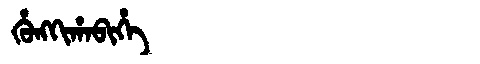
Manchu: ᡥᡠᠩᡴᡳᡥᠠᠪᡳᡥᡝ
Romanization: HUNGKIHABIHE